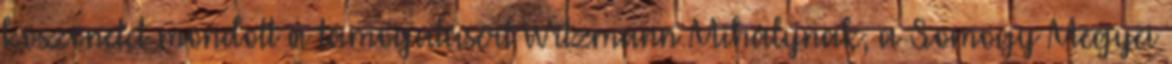
köszönetet mondott a támogatásért Witzmann Mihálynak, a Somogy Megyei